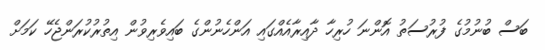
ބަސް ބުނުމުގެ ފުރުސަތު އޮންނަ ހުރިހާ ދާއިރާއެއްގައި އަންހެނުންގެ ބައިވެރިވުން އިތުރުކުރަންޖެހޭ ކަމަށް